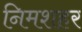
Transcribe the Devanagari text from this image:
निमशहर